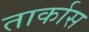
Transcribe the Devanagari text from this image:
तार्कास